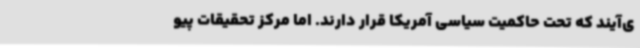
ی‌آیند که تحت حاکمیت سیاسی آمریکا قرار دارند. اما مرکز تحقیقات پیو